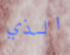
الذي